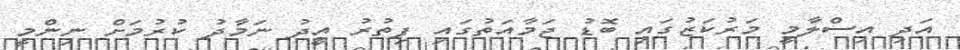
އަދި އިސްލާމީ މަރުކަޒުގައި ބޮޑު ޖަމާއަތުގައި ފިތުރު އީދު ނަމާދު ކުރުމަށް ނިންމީ